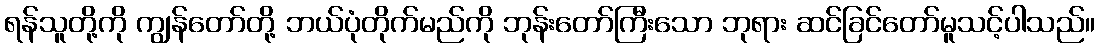
ရန်သူတို့ကို ကျွန်တော်တို့ ဘယ်ပုံတိုက်မည်ကို ဘုန်းတော်ကြီးသော ဘုရား ဆင်ခြင်တော်မူသင့်ပါသည်။